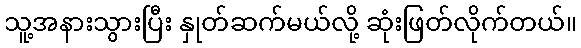
သူ့အနားသွားပြီး နှုတ်ဆက်မယ်လို့ ဆုံးဖြတ်လိုက်တယ်။